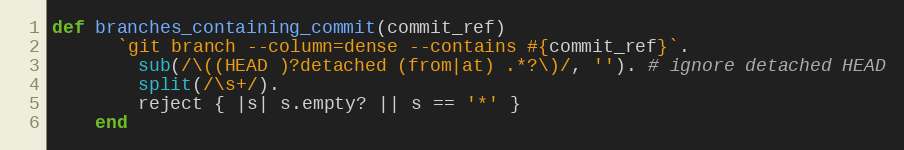
Language: Ruby
def branches_containing_commit(commit_ref)
      `git branch --column=dense --contains #{commit_ref}`.
        sub(/\((HEAD )?detached (from|at) .*?\)/, ''). # ignore detached HEAD
        split(/\s+/).
        reject { |s| s.empty? || s == '*' }
    end